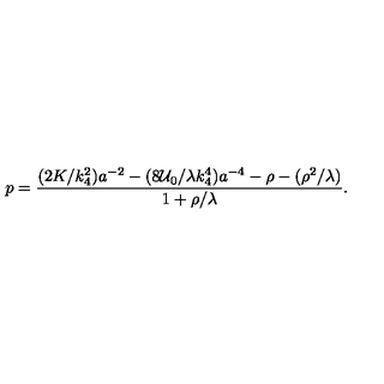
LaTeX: p = \frac { ( 2 K / k _ { 4 } ^ { 2 } ) a ^ { - 2 } - ( 8 { \cal U } _ { 0 } / \lambda k _ { 4 } ^ { 4 } ) a ^ { - 4 } - \rho - ( \rho ^ { 2 } / \lambda ) } { 1 + \rho / \lambda } .